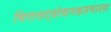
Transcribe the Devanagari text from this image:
चित्तसद्बोधनक्षत्रमाला